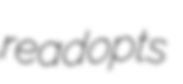
readopts